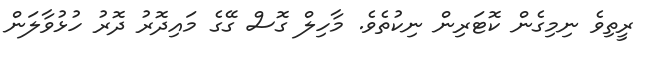
ރީތިވެ ނިމިގެން ކޮޓަރިން ނިކުތެވެ. މާހިލް ގޮސް ގޭގެ މައިދޮރު ދޮރު ހުޅުވާލަން